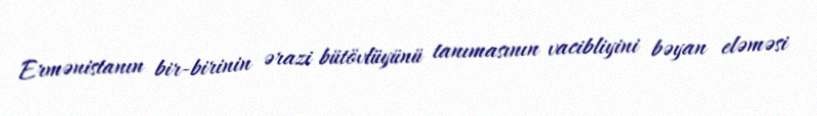
Ermənistanın bir-birinin ərazi bütövlüyünü tanımasının vacibliyini bəyan eləməsi